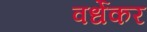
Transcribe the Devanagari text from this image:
वर्धेकर